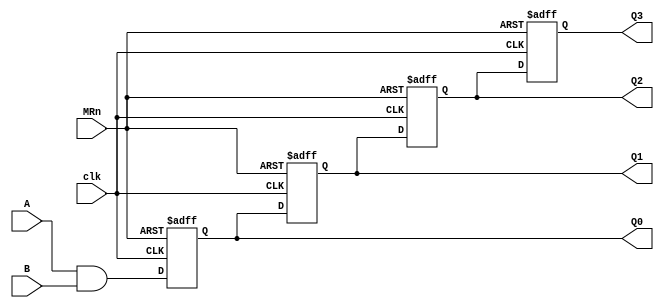
//ttl_74l164_half.v
//SN74LS164 Serial-In Parallel-Out Shift Register (4-bits)
// @RndMnkIII 15/10/2021.
// Based on On Semiconductor SN74LS164 Datasheet
// MRn to Q propagation delay (typ): 24ns
// clock to Q propagation delay (typ): (21+17)/2 = 19ns
//                   ---------------
//        A       ->| 1          14 |--  VCC
//        B       ->| 2          13 |->  Q7 *
//        Q0      ->| 3          12 |->  Q6 *
//        Q1      ->| 4          11 |->  Q5 *
//        Q2      ->| 5          10 |->  Q4 *
//        Q3      ->| 6          9  |O<- /MR        _
//        GND     --| 7          8  |<-  CP (CLK) _| |_
//                   ---------------
// * -> Don't supported on the half version
`default_nettype none
`timescale 1ns/1ns

module ttl_74164_half (
    input wire A, B, //serial input data
    input wire clk, //CP
    input wire MRn, //Master Reset (async)
    output reg Q0, Q1, Q2, Q3);

    localparam MRDLY = 24;
    localparam REGDLY = 19;

    wire serdata;
    assign serdata = A & B;

    always @(posedge clk, negedge MRn) begin
        if (!MRn) begin
            Q0 <= #MRDLY 1'b0;
            Q1 <= #MRDLY 1'b1;
            Q2 <= #MRDLY 1'b0;
            Q3 <= #MRDLY 1'b0;

        end else begin
            Q0 <= #REGDLY serdata;
            Q1 <= #REGDLY Q0;
            Q2 <= #REGDLY Q1;
            Q3 <= #REGDLY Q2;
        end
    end
endmodule